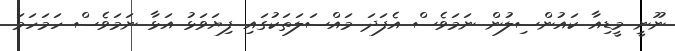
ނޫނީ މީޑިއާ ކައުންސިލުން ނަމަވެސް އެފަދަ މައްސަލަތަކުގައި ފިޔަވަޅު އަޅާ ނަމަވެސް ހަމަހަމަ